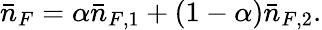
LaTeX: \bar{n}_{F}=\alpha\bar{n}_{F,1}+(1-\alpha)\bar{n}_{F,2}.